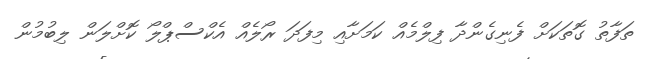
ތަފާތު ގޮތަކަށް ފެނިގެންދާ ފިލްމެއް ކަމަށާއި މިފަދަ ރޯލެއް އެކްސްޕްލޯ ކޮށްލަން ލިބުމުން